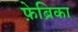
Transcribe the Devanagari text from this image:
फ़ेब्रिका